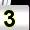
Digit: 3